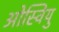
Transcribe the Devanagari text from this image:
ओस्वियु